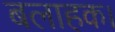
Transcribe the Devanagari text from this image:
बलाहक।